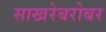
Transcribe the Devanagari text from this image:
साखरेबरोबर